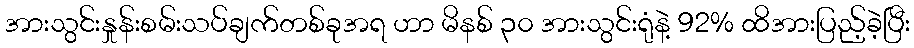
အားသွင်းနှုန်းစမ်းသပ်ချက်တစ်ခုအရ ဟာ မိနစ် ၃၀ အားသွင်းရုံနဲ့ 92% ထိအားပြည့်ခဲ့ပြီး